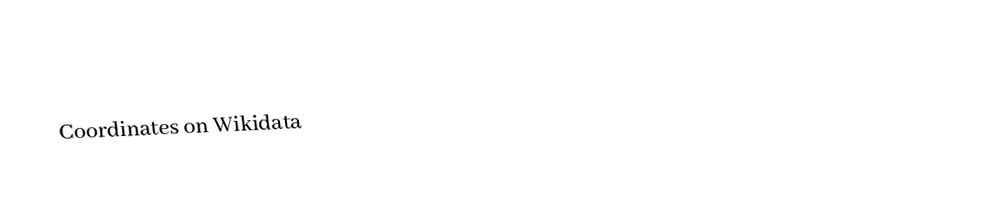
Coordinates on Wikidata